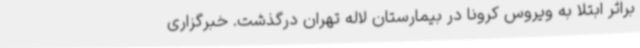
براثر ابتلا به ویروس کرونا در بیمارستان لاله تهران درگذشت. خبرگزاری